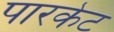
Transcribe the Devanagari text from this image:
पारकेट